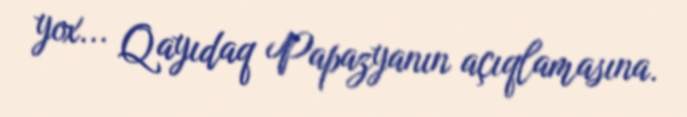
yox... Qayıdaq Papazyanın açıqlamasına.